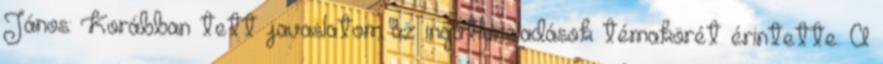
János: Korábban tett javaslatom az ingatlaneladások témakörét érintette. A